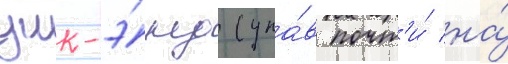
уик-э́нд (упа́в почт'и́ на́